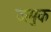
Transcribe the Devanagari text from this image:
जमुक